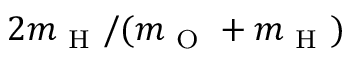
2 m _ { \mathrm { ~ H ~ } } / ( m _ { \mathrm { ~ O ~ } } + m _ { \mathrm { ~ H ~ } } )